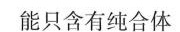
能只含有纯合体